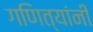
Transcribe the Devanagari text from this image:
गणित्यांनी